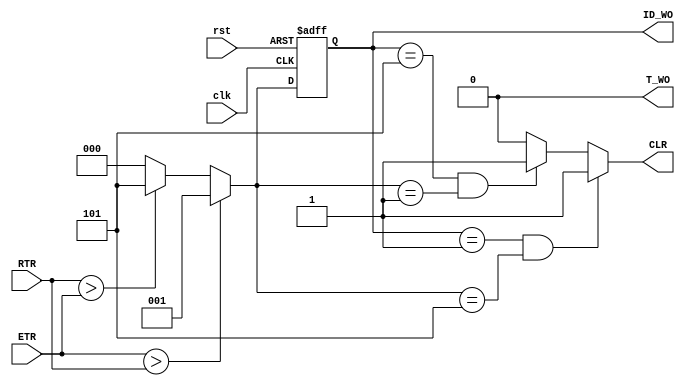
`timescale 1ns / 1ps
//////////////////////////////////////////////////////////////////////////////////
// Company: Gruppo 1
// 
// Design Name: 
// Module Name: WINDOWS_OPEN_DRIVER
// Project Name: Thermostat Control System
// Target Devices: Basys 3
// Tool Versions: 
// Description: 
// 
// Dependencies: 
// 
// Revision:
// Revision 0.01 - File Created
// Additional Comments:
// 
//////////////////////////////////////////////////////////////////////////////////


module WINDOWS_OPEN_DRIVER(
input wire clk,rst,
input wire [5:0] ETR,RTR,
output reg CLR,
output wire T_WO,
output reg [2:0] ID_WO
);

reg [2:0] id_wo_nxt;

//ID_WO logic
always@(posedge clk,posedge rst)
if(rst==1'b1) ID_WO<=3'b000;
else ID_WO<=id_wo_nxt;

//id_wo_nxt output logic
always@(ETR,RTR)
if(ETR>RTR) id_wo_nxt=3'b001;
else if(RTR>ETR) id_wo_nxt=3'b101;
else id_wo_nxt=3'b000;

//CLR logic
always@(ID_WO,id_wo_nxt)
if(ID_WO==3'b001 & id_wo_nxt==3'b101) CLR=1'b1;
else if(ID_WO==3'b101 & id_wo_nxt==3'b001) CLR=1'b1;
else CLR=1'b0;

//T_WO logic
assign T_WO = 1'b0;

endmodule